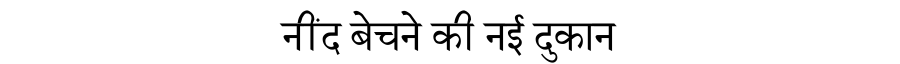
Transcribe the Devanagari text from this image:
नींद बेचने की नई दुकान